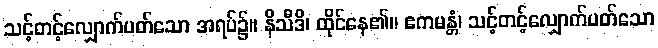
သင့်တင့်လျှောက်ပတ်သော အရပ်၌။ နိသီဒိ၊ ထိုင်နေ၏။ ဧကမန္တံ၊ သင့်တင့်လျှောက်ပတ်သော